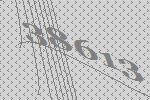
38613